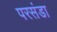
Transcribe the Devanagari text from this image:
परसंडा